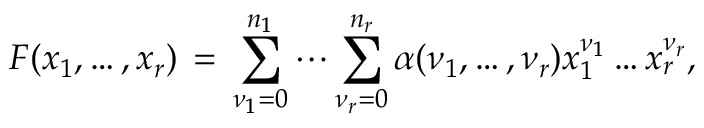
F ( x _ { 1 } , \ldots , x _ { r } ) \, = \, \sum _ { \nu _ { 1 } = 0 } ^ { n _ { 1 } } \cdots \sum _ { \nu _ { r } = 0 } ^ { n _ { r } } \alpha ( \nu _ { 1 } , \ldots , \nu _ { r } ) x _ { 1 } ^ { \nu _ { 1 } } \ldots x _ { r } ^ { \nu _ { r } } ,